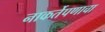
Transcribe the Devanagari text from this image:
नाकर्तेपणाचा